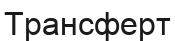
Трансферт